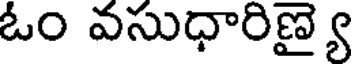
ఓం వసుధారిణ్యై